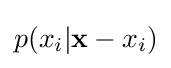
p(x_{i}|\mathbf {x} -{x_{i}})